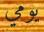
يومي